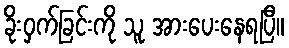
ခိုးဝှက်ခြင်းကို သူ အားပေးနေရပြီ။